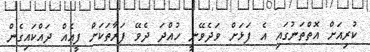
ކުރިއަށް އޮތްތަނުގައި އެ ފަޅަށް ވަދެވޭނީ ހުއްދަ ދެވޭ ފަރާތަކަށް ފީއެއް ދައްކައިގެން